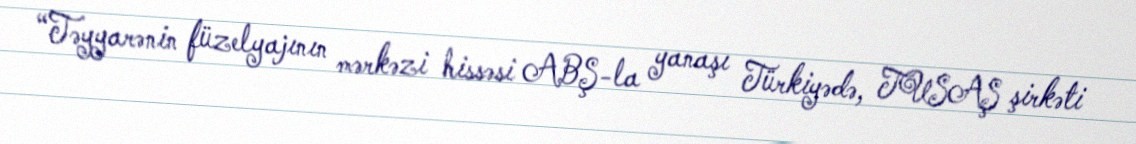
“Təyyarənin füzelyajının mərkəzi hissəsi ABŞ-la yanaşı Türkiyədə, TUSAŞ şirkəti